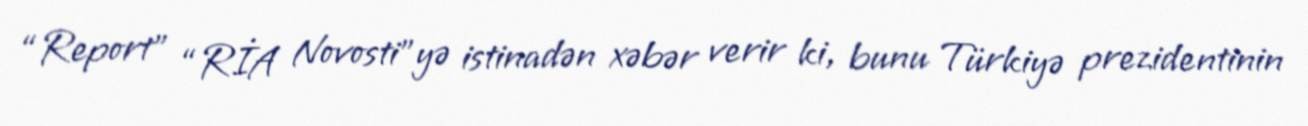
“Report” “RİA Novosti”yə istinadən xəbər verir ki, bunu Türkiyə prezidentinin